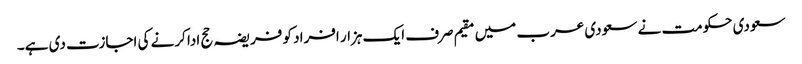
سعودی حکومت نے سعودی عرب میں مقیم صرف ایک ہزار افراد کو فریضہ حج ادا کرنے کی اجازت دی ہے۔